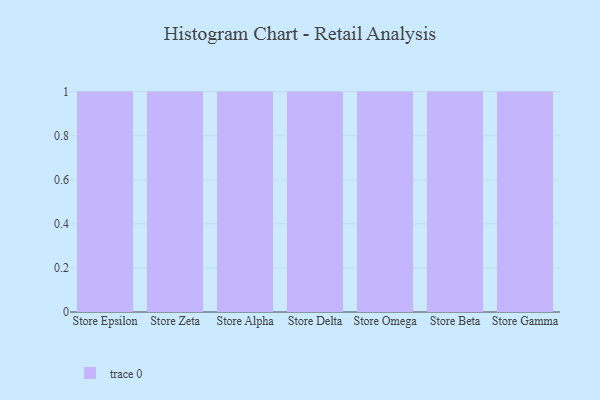
{"axis": {"x": "Store", "y": "Inventory Turnover"}, "legend": [""], "data": [{"x": "Store Epsilon", "y": 4, "type": ""}, {"x": "Store Zeta", "y": 71, "type": ""}, {"x": "Store Alpha", "y": 27, "type": ""}, {"x": "Store Delta", "y": 99, "type": ""}, {"x": "Store Omega", "y": 14, "type": ""}, {"x": "Store Beta", "y": 6, "type": ""}, {"x": "Store Gamma", "y": 88, "type": ""}]}